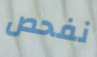
نفحص